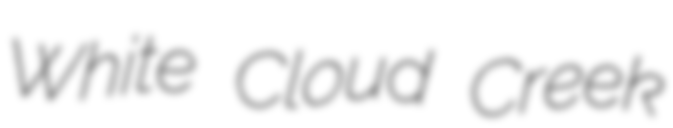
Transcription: White Cloud Creek